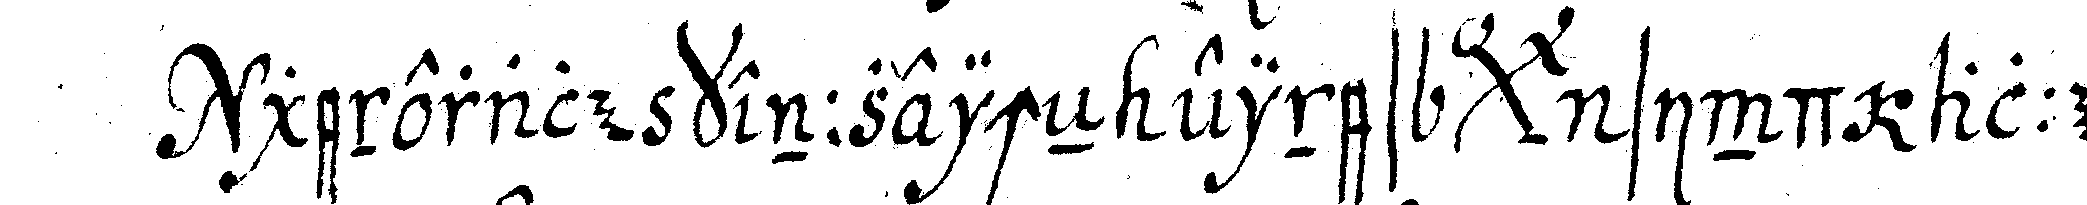
generale kennzeicheN eines *bigx* sind alle